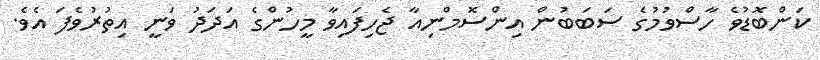
ކަންބޮޑުވެ ހާސްވުމުގެ ސަބަބުން އިންސޮމްނިއާ ޖެހިފައިވާ މީހުންގެ އަދަދު ވަނީ އިތުރުވެފަ އެވެ.